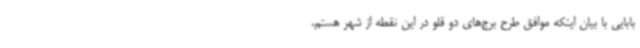
بابایی با بیان اینکه موافق طرح برج‌های دو قلو در این نقطه از شهر هستم،